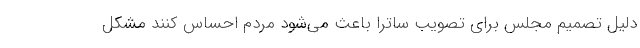
دلیل تصمیم مجلس برای تصویب ساترا باعث می‌شود مردم احساس کنند مشکل